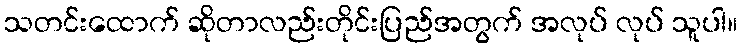
သတင်းထောက် ဆိုတာလည်းတိုင်းပြည်အတွက် အလုပ် လုပ် သူပါ။